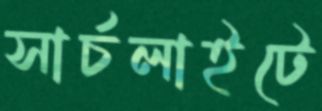
সার্চলাইটে